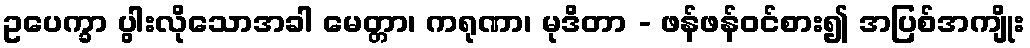
ဥပေက္ခာ ပွါးလိုသောအခါ မေတ္တာ၊ ကရုဏာ၊ မုဒိတာ - ဖန်ဖန်ဝင်စား၍ အပြစ်အကျိုး